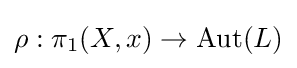
\rho :\pi _{1}(X,x)\to {\text{Aut}}(L)